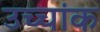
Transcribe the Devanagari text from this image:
उच्‍चांक